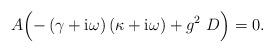
LaTeX: \begin{align*} A \Bigl( - \left( \gamma + \mathrm{i} \omega \right) \left( \kappa + \mathrm{i} \omega \right) + g^2 \ D\Bigr) = 0 .\end{align*}